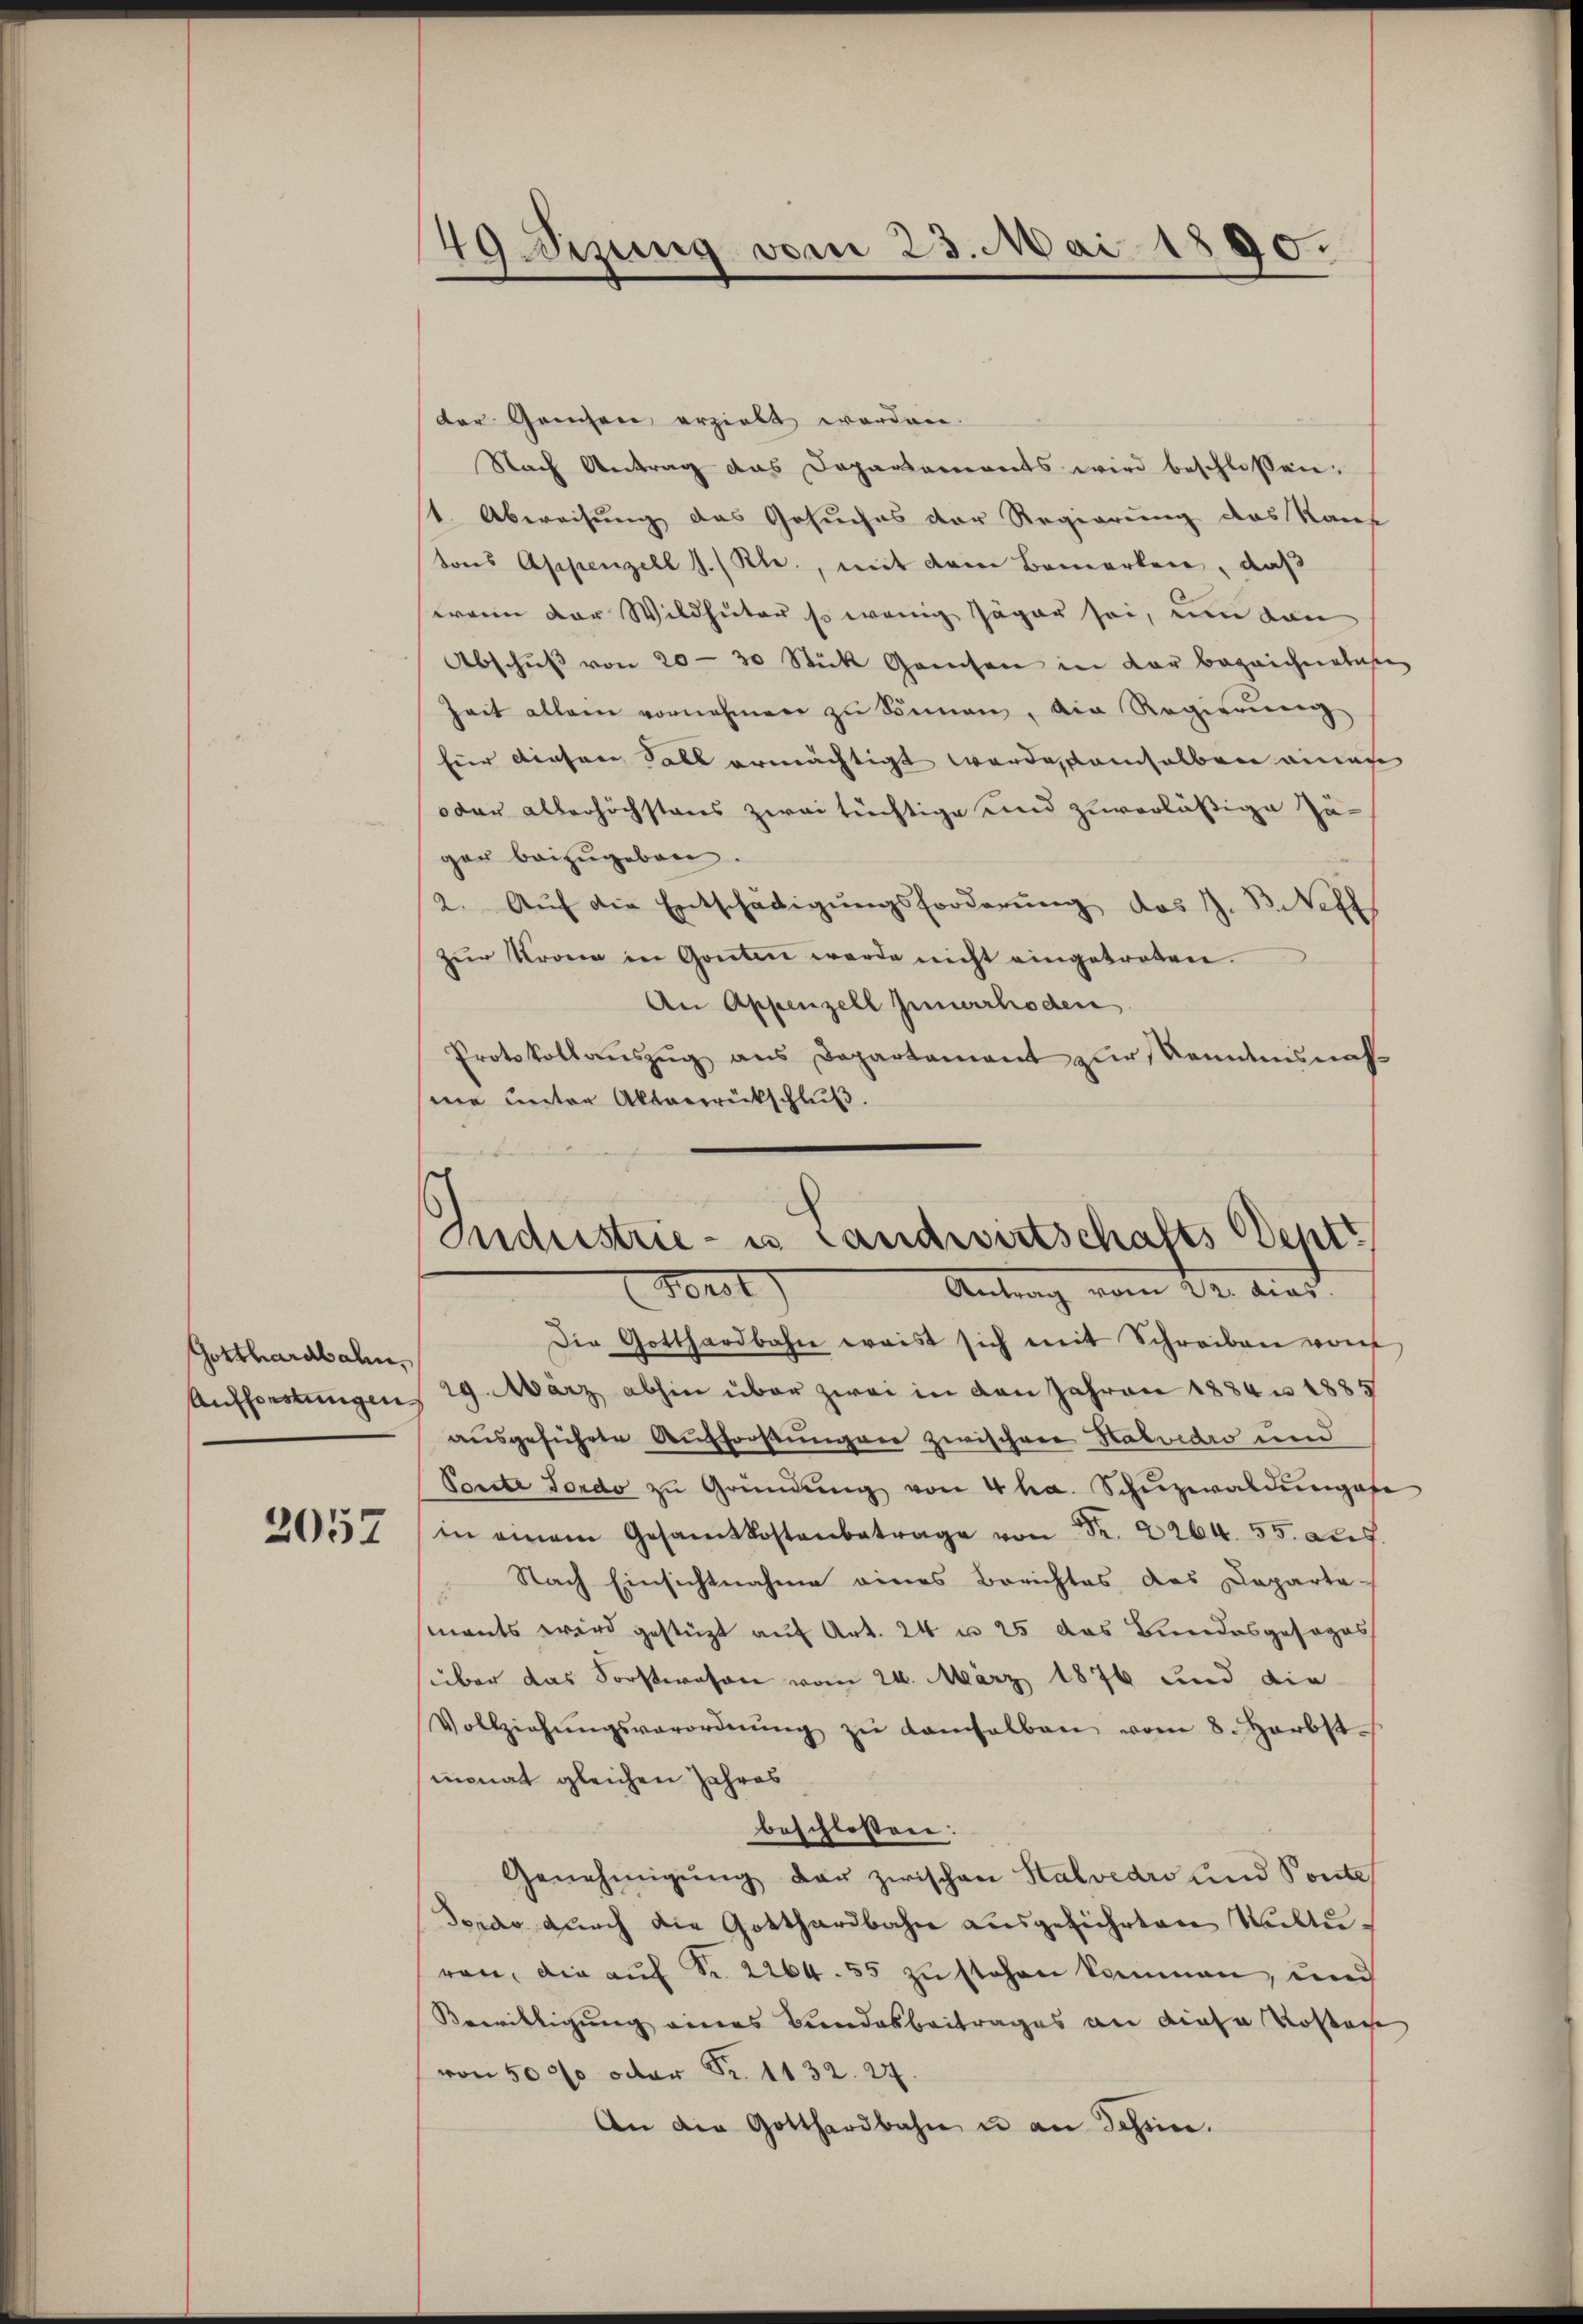
Gotthardbahn
2057

49 Wizung vom 23. Mai 1890.

der Gamsen erzielt worden.
Nach Antrag das Departements wird beschlossen:
1. Abweisung das Gesuches der Regierung des Kauf
tons Appenzell I/Rh., mit dem Bemerken, daß
wann der Wildhuter so wenig Jäger sei, um von
Abschŭβ von 20 - 30 Stück Gansen in der bezeichneten
heit allein vornehmen zŭ können, die Regierŭng
für diesen Sall ermächtigt werde, demselben einen
oder allerhöchstens zwei tüchtige und zuverläßige Zuger beizugeben.
2. Aŭf die Entschädigŭngsforderŭng des H. B. Neff
zŭr Krone in Gonten werde nicht eingetreten.
An Appenzell Innerrhoden
Protokollauszug aus Departament zur Kenntnisnah
sine unter Aktenrückschluß.

Industrie - es Landwirtschafts Deptt
Forst
Antrag vom 22. dies

Die Gotthardbahn wais sich mit Schreiben wor
Aufforstungen 29. März abhin über zwei in den Jahren 1884 n 1885
ausgeführte Aufforstungen zwischen Habuidro und
Poeste Fondo zu Gründŭng von 4 ha. Schŭzwaldungefe
in einem Gesamtkostenbetrage von Fr. 2264. 55. Des
 Nach Einsichtnahme eines Berichtes des Daparta
mants wird gestüzt auf Art. 24 u 25 das Bundesgesages
über das Forstwesen vom 24. März 1876 und die
Vollziehŭngsverordnŭng zŭ demselben vom 8. Herbst
imonat gleichen Jahres
beschlossen:
Genehmigŭng der zwischen Stalvedri und Pontes
Teras durch die Gotthardbahn ausgeführten Kulturon, die auf Fr. 2264. 55 zu stehen kommen, und
Bewilligung eines Bundesbeitrages an diese Kostage
von 5000 oder Fr. 1132. 27.
An die Gotthardbahn u an Schön.